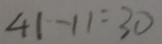
4 1 - 1 1 = 3 0